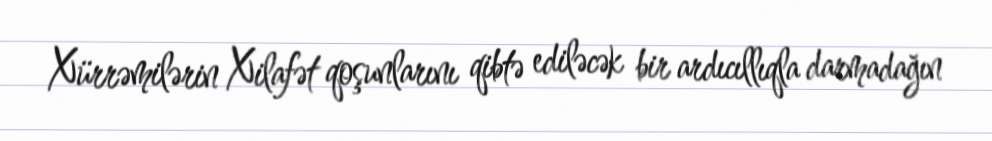
Xürrəmilərin Xilafət qoşunlarını qibtə ediləcək bir ardıcıllıqla darmadağın